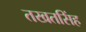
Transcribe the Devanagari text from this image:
तखतसिंह